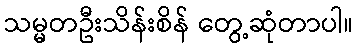
သမ္မတဦးသိန်းစိန် တွေ့ဆုံတာပါ။